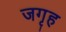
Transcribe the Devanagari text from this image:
जगृह